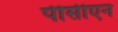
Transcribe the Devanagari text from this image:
पीसीएन